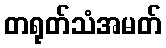
တရုတ်သံအမတ်